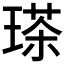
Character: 𤨓